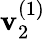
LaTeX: \mathbf{v}_{2}^{(1)}